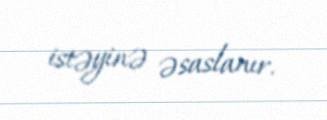
istəyinə əsaslanır.